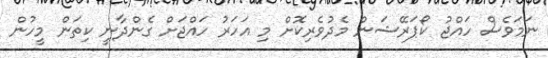
ނަމަވެސް ހައްޖު ކޯޕަރޭޝަން މެދުވެރިކޮށް މި އަހަރު ހައްޖަށް ގެންދާނީ ކިތަން މީހުން